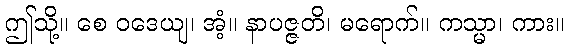
ဤသို့။ စေ ဝဒေယျ၊ အံ့။ နာပဇ္ဇတိ၊ မရောက်။ ကသ္မာ၊ ကား။